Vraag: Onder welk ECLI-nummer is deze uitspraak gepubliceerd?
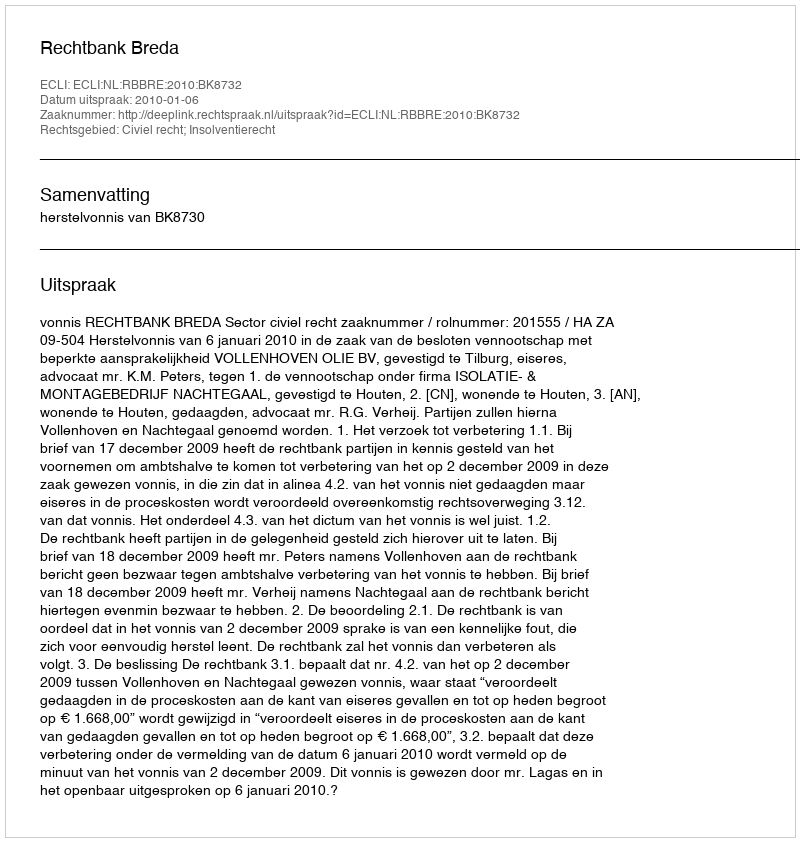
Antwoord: ECLI:NL:RBBRE:2010:BK8732